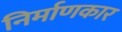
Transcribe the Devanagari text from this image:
निर्माणकार